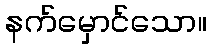
နက်မှောင်သော။